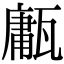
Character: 𤮇